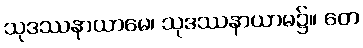
သုဒဿနာယာမေ၊ သုဒဿနာယာမ၌။ တေ